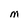
Character: M